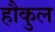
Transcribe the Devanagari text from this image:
हौकुल